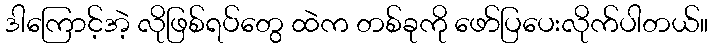
ဒါကြောင့်အဲ့ လိုဖြစ်ရပ်တွေ ထဲက တစ်ခုကို ဖော်ပြပေးလိုက်ပါတယ်။